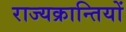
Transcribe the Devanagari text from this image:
राज्यक्रान्तियों